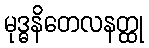
မုဒ္ဓနိတေလနတ္ထု